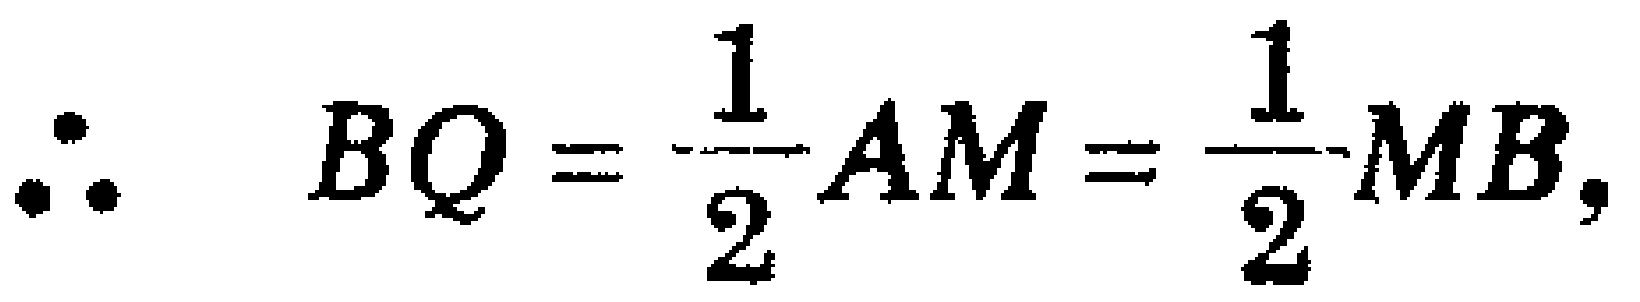
\(\therefore\ BQ = \frac{1}{2}AM=\frac{1}{2}MB,\)